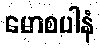
မောစပါနံ